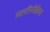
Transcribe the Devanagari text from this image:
मल्टींमीडिया